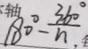
1 8 0 ^ { \circ } - \frac { 3 6 0 ^ { \circ } } { n . }